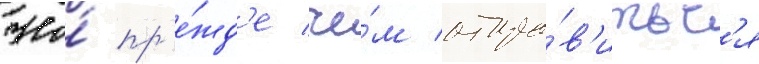
Но́ пр'е́жд'е че́м отпра́в'итьс'я